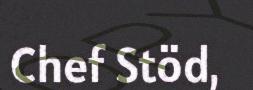
Chef Stöd,